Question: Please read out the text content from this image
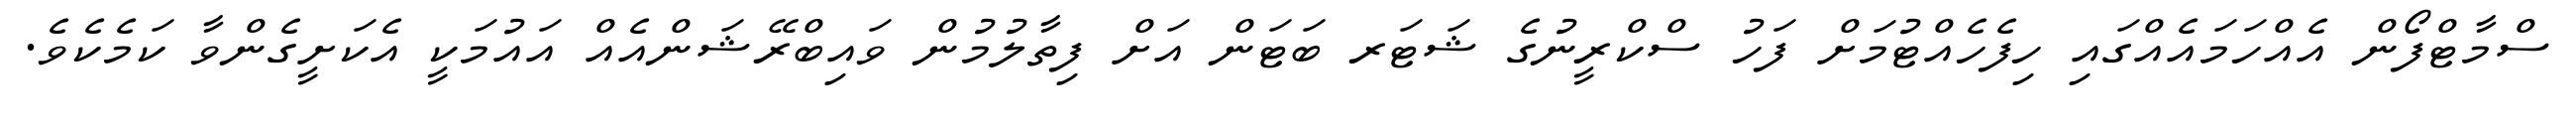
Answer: ސްމާޓްފޯން އެއްހަމައެއްގައި ހިފެހެއްޓުމަށް ފަހު ސްކްރީނުގެ ޝަޓަރ ބަޓަން އަށް ފިތާލުމުން ވައިބްރޭޝަންއެއް އައުމަކީ އެކަށީގެންވާ ކަމެކެވެ.